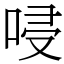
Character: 唚